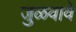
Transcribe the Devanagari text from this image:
जुळवावे